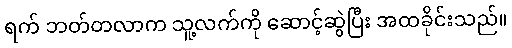
ရက် ဘတ်တလာက သူ့လက်ကို ဆောင့်ဆွဲပြီး အထခိုင်းသည်။